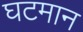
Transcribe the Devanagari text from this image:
घटमान